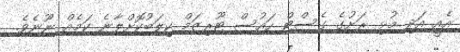
އެއީ އަދި މުޅި ރަށުގެ ގެސްޓް ހައުސް ޓޫރިޒަމް ކިލަބުކޮށްލާނެ ކަމެއް ނޫނެވެ.